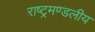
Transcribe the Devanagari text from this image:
राष्‍ट्रमण्‍डलीय